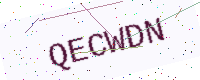
Text: QECWDN